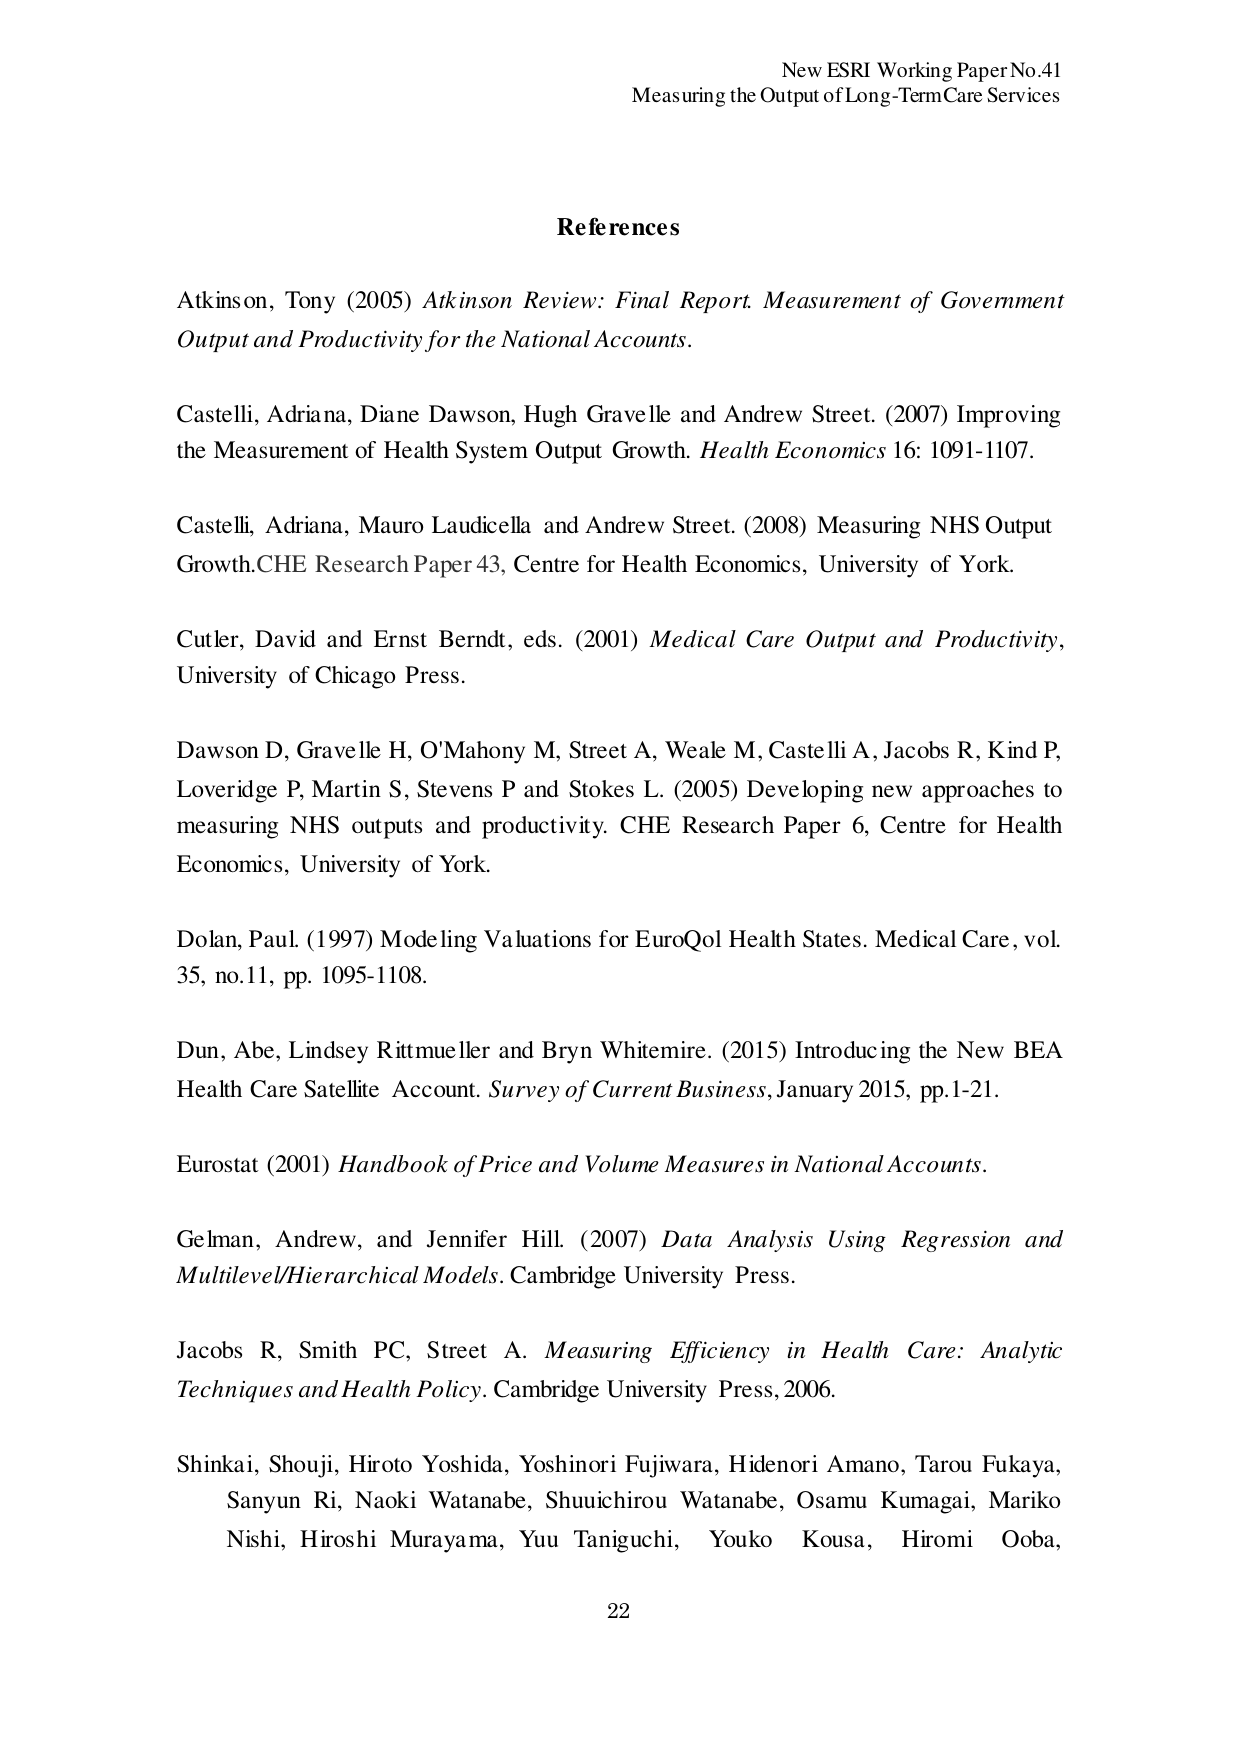
New ESRI Working Paper No.41
Measuring the Output of Long-Term Care Services

References

Atkinson, Tony (2005) Atkinson Review: Final Report. Measurement of Government Output and Productivity for the National Accounts.

Castelli, Adriana, Diane Dawson, Hugh Gravelle and Andrew Street. (2007) Improving the Measurement of Health System Output Growth. Health Economics 16: 1091-1107.

Castelli, Adriana, Mauro Laudicella and Andrew Street. (2008) Measuring NHS Output Growth. CHE Research Paper 43, Centre for Health Economics, University of York.

Cutler, David and Ernst Berndt, eds. (2001) Medical Care Output and Productivity, University of Chicago Press.

Dawson D, Gravelle H, O'Mahony M, Street A, Weale M, Castelli A, Jacobs R, Kind P, Loveridge P, Martin S, Stevens P and Stokes L. (2005) Developing new approaches to measuring NHS outputs and productivity. CHE Research Paper 6, Centre for Health Economics, University of York.

Dolan, Paul. (1997) Modeling Valuations for EuroQol Health States. Medical Care, vol. 35, no.11, pp. 1095-1108.

Dun, Abe, Lindsey Rittmueller and Bryn Whitemire. (2015) Introducing the New BEA Health Care Satellite Account. Survey of Current Business, January 2015, pp.1-21.

Eurostat (2001) Handbook of Price and Volume Measures in National Accounts.

Gelman, Andrew, and Jennifer Hill. (2007) Data Analysis Using Regression and Multilevel/Hierarchical Models. Cambridge University Press.

Jacobs R, Smith PC, Street A. Measuring Efficiency in Health Care: Analytic Techniques and Health Policy. Cambridge University Press, 2006.

Shinkai, Shouji, Hiroto Yoshida, Yoshinori Fujiwara, Hidenori Amano, Tarou Fukaya, Sanyun Ri, Naoki Watanabe, Shuichirou Watanabe, Osamu Kumagai, Mariko Nishi, Hiroshi Murayama, Yuu Taniguchi, Youko Kousa, Hiromi Ooba,

22